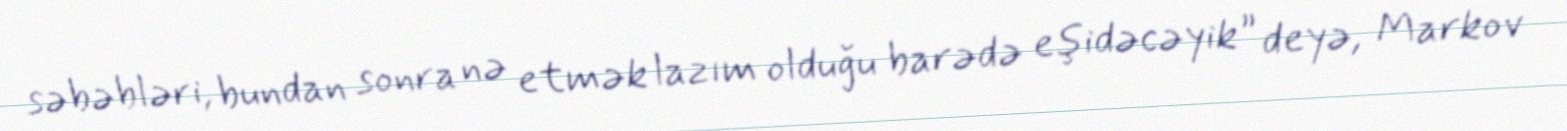
səbəbləri, bundan sonra nə etmək lazım olduğu barədə eşidəcəyik” deyə, Markov